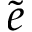
\tilde { e }